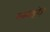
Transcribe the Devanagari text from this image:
स्काइवेज़